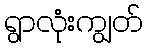
ရွာလုံးကျွတ်